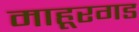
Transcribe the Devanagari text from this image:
माहूरगड